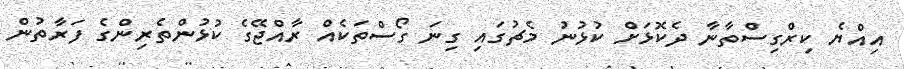
އިއްޔެ ކިރްގިސްތާނާ ދެކޮޅަށް ކުޅުނު މެޗުގައި ގިނަ ގޯސްތަކެއް ރާއްޖޭގެ ކުޅުންތެރިންގެ ފަރާތުން